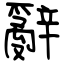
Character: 辭